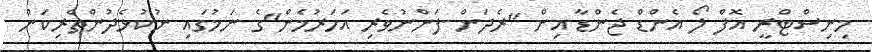
މިނިސްޓްރީ އޮފް ލޯ އެންޑް ޖެންޑާ އިން "ރެދަން-ފަންނުވެރި އަހަރުމެން"ގެ ނަމުގައި ނުކުޅެދުންތެރިކަން